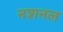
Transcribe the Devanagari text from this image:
नशनल